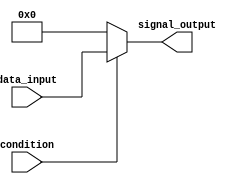
module simple_assign(
  input wire condition,
  input wire[7:0] data_input,
  output reg[7:0] signal_output
);

always @*
begin
  if(condition)
    signal_output <= data_input;
  else
    signal_output <= 8'b00000000;
end

endmodule